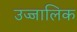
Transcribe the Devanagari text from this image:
उज्जालिक